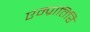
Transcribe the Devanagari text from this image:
एम्प्रांतिरि